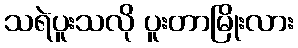
သရဲပူးသလို ပူးတာမြိုးလား